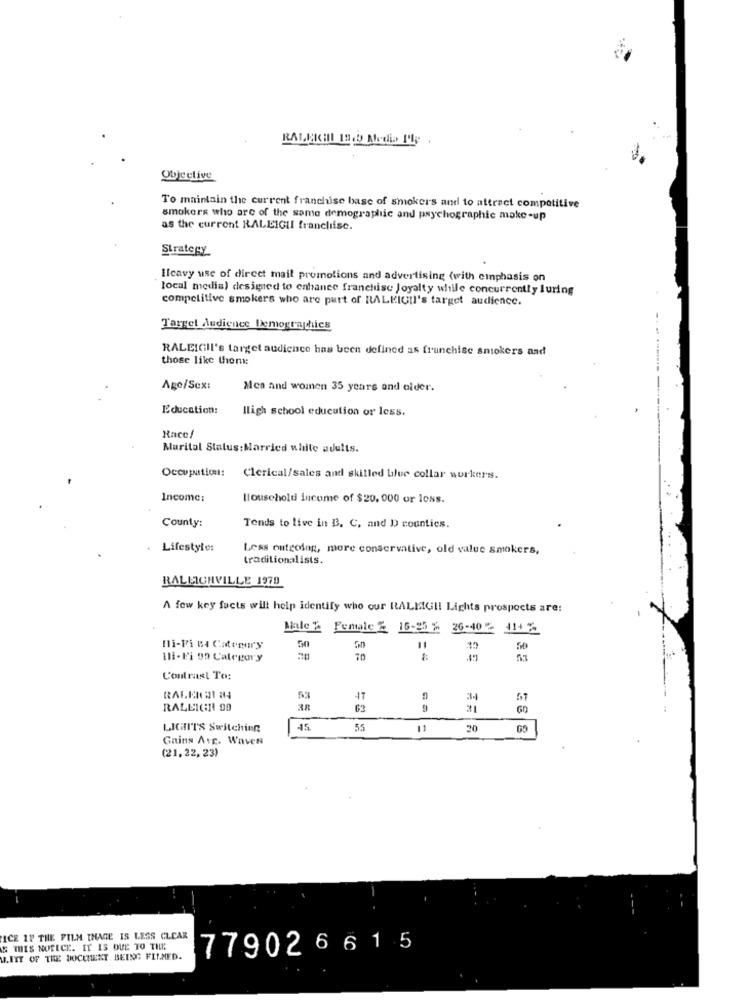
Objective
To maintain the current franchise base of smokers and to attract competitive
smokers who are of the same demographic and psychographic make -up
as the current RALEIGH! franchiise.
Strategy
Heavy use of direct mail promotions and advertising (with cinphasis on
local media) designed to enhance franchise Joyalty while concurrently luring
competitive smokers who are part of RALKIGII's target audience.
Target Audience Demographics
RALEIGII's target audience has been defined as franchise smokers and
those like them:
Ago/Sex:
Men and women 35 years and older.
Education:
Iligh school education or less.
Race/
Marital Status:Married while adults.
Occupation:
Clerical/sales and skilled blue collar workerss.
Income:
Household income of $20, 000 or less.
County:
Tends to live in B. C. and D counties.
Lifestyle:
Less outgoing, more conservative, old value smokers,
traditionalists.
RALEIGHVILLE 1979
A few key facts will help identify who our RALMUI! Lights prospects are:
Male %
Female % 16-25 % 26-40 2 414 %
Hi-Fi B4 Catenary
50
Hi-Fi 99 Category
70
Contrast To:
17
57
RALEIGH 99
LICHHITS Switching
-15
55
11
20
Gains AvE. Waven
(21,22, 23)
ICE 11 THE FILM IMAGE IS LESS CLEAR
IS THIS NOTICE. IT IS DUE TO THE
779026615
M.ITT OF THE DOCUMENT BEING FILMED.